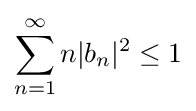
\sum _{n=1}^{\infty }n|b_{n}|^{2}\leq 1